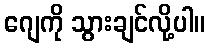
ဂျေကို သွားချင်လို့ပါ။